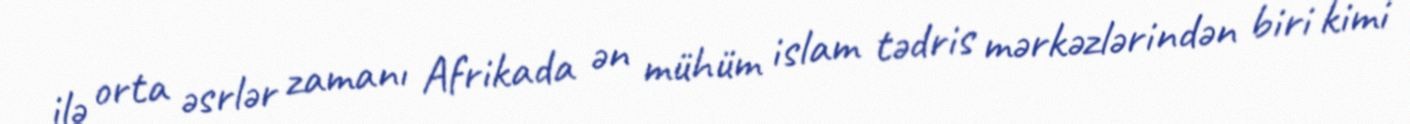
ilə orta əsrlər zamanı Afrikada ən mühüm islam tədris mərkəzlərindən biri kimi